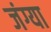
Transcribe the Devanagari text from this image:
जंग्या